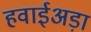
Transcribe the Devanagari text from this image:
हवाईअड़ा